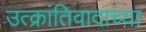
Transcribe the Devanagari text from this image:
उत्क्रांतिवादाच्या